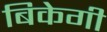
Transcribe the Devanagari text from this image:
बिकेगी